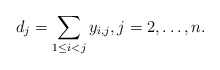
\begin{gather*}d_j=\sum_{1 \le i < j} y_{i,j}, j=2,\dots,n.\end{gather*}